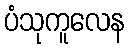
ပံသုကူလေန